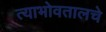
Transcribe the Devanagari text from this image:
त्याभोवतालचे